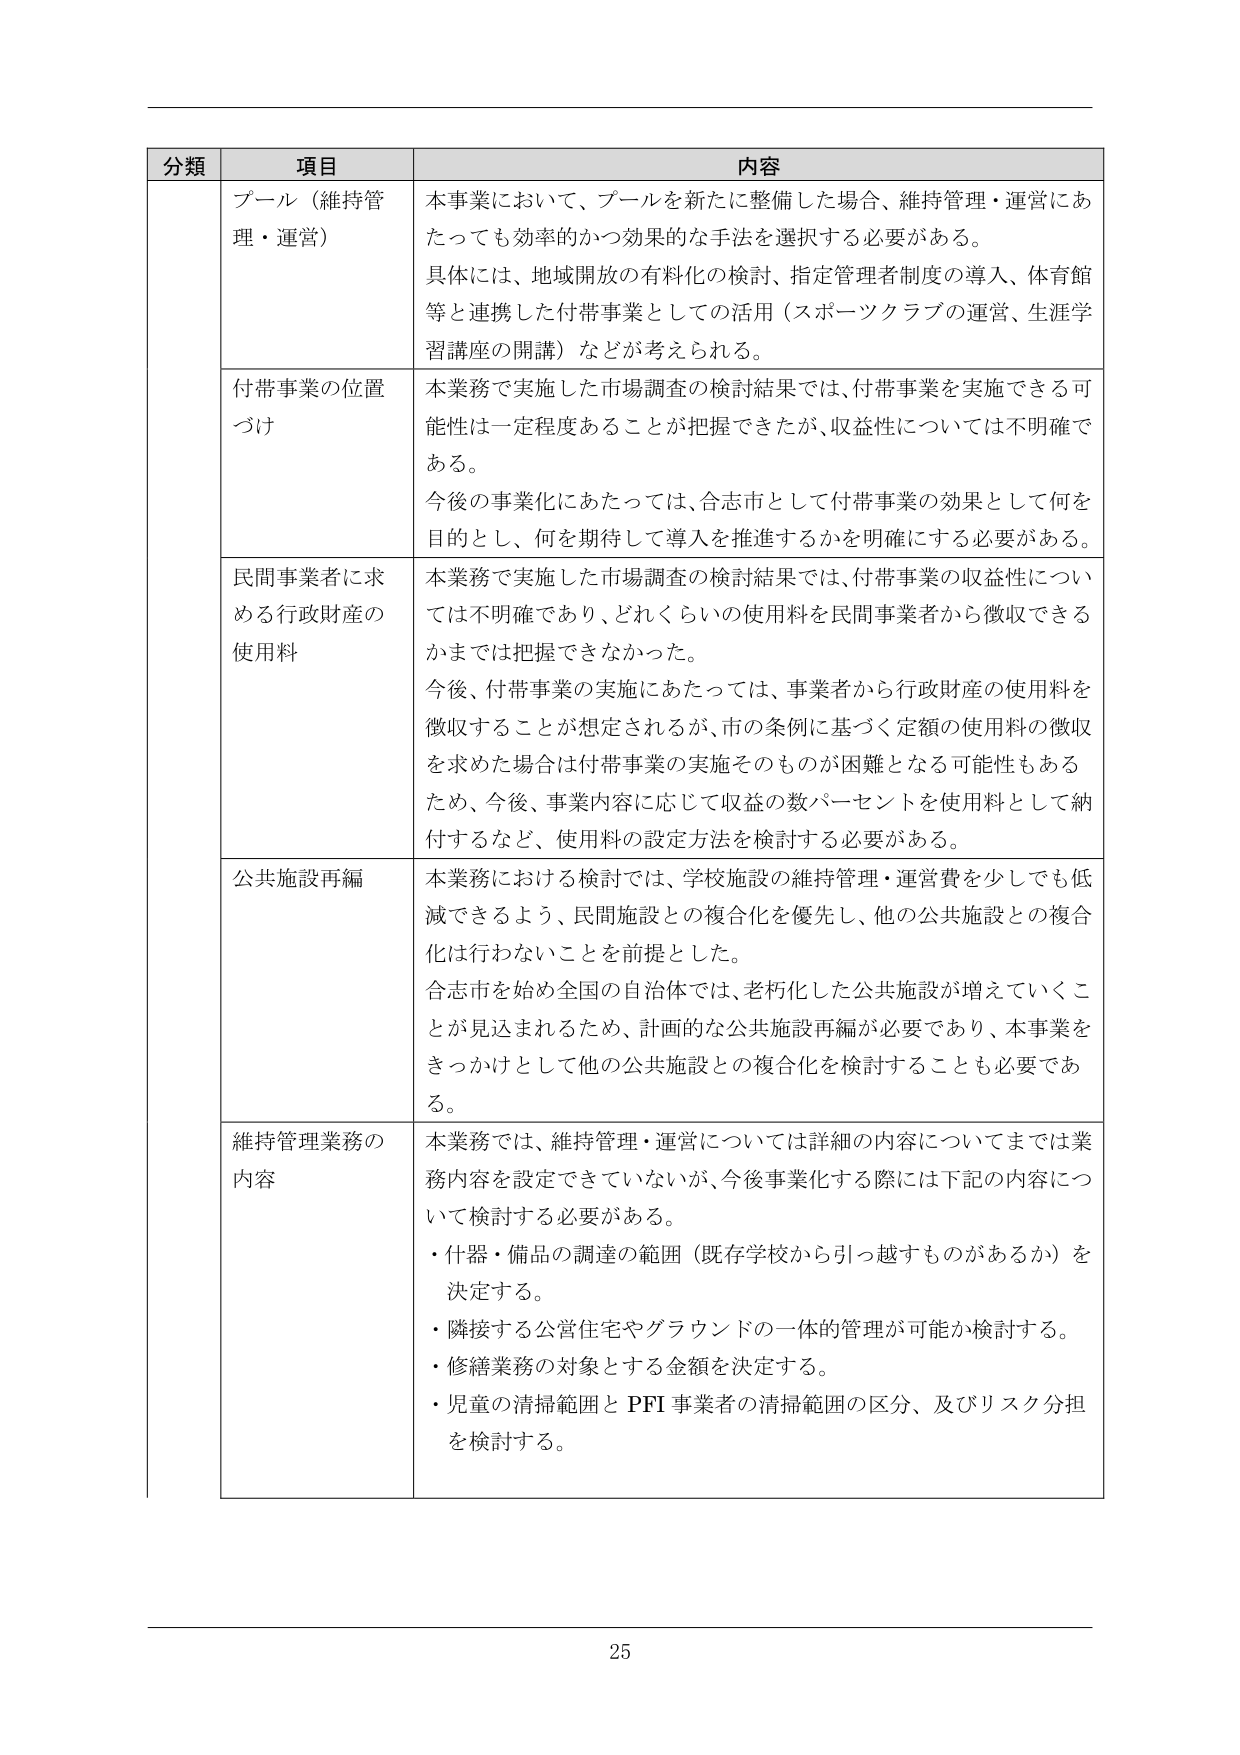
分類 項目 内容
プール（維持管理・運営） 本事業において、プールを新たに整備した場合、維持管理・運営にあたっても効率的かつ効果的な手法を選択する必要がある。
具体には、地域開放の有料化の検討、指定管理者制度の導入、体育館等と連携した付帯事業としての活用（スポーツクラブの運営、生涯学習講座の開講）などが考えられる。
付帯事業の位置づけ 本業務で実施した市場調査の検討結果では、付帯事業を実施できる可能性は一定程度あることが把握できたが、収益性については不明確である。
今後の事業化にあたっては、合志市として付帯事業の効果として何を目的とし、何を期待して導入を推進するかを明確にする必要がある。
民間事業者に求める行政財産の使用料 本業務で実施した市場調査の検討結果では、付帯事業の収益性については不明確であり、どれくらいの使用料を民間事業者から徴収できるかまでは把握できなかった。
今後、付帯事業の実施にあたっては、事業者から行政財産の使用料を徴収することが想定されるが、市の条例に基づく定額の使用料の徴収を求めた場合は付帯事業の実施そのものが困難となる可能性もあるため、今後、事業内容に応じて収益の数パーセントを使用料として納付するなど、使用料の設定方法を検討する必要がある。
公共施設再編 本業務における検討では、学校施設の維持管理・運営費を少しでも低減できるよう、民間施設との複合化を優先し、他の公共施設との複合化は行わないことを前提とした。
合志市を始め全国の自治体では、老朽化した公共施設が増えていくことが見込まれるため、計画的な公共施設再編が必要であり、本事業をきっかけとして他の公共施設との複合化を検討することも必要である。
維持管理業務の内容 本業務では、維持管理・運営については詳細の内容についてまでは業務内容を設定できていないが、今後事業化する際には下記の内容について検討する必要がある。
・什器・備品の調達の範囲（既存学校から引っ越すものがあるか）を決定する。
・隣接する公営住宅やグラウンドの一体的管理が可能か検討する。
・修繕業務の対象とする金額を決定する。
・児童の清掃範囲とPFI事業者の清掃範囲の区分、及びリスク分担を検討する。
25